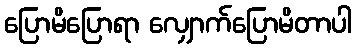
ပြောမိပြောရာ လျှောက်ပြောမိတာပါ